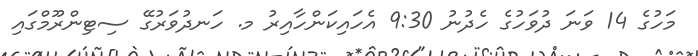
މަހުގެ 14 ވަނަ ދުވަހުގެ ހެދުނު 9:30 އެހައިކަންހާއިރު މ. ހަނދުވަރުގޭ ސިޓިންރޫމްގައި